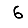
Digit: 6